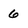
Character: 6